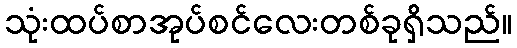
သုံးထပ်စာအုပ်စင်လေးတစ်ခုရှိသည်။